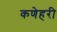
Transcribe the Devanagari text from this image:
कणेहरी